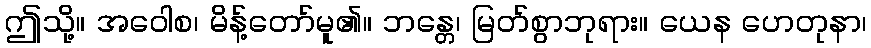
ဤသို့။ အဝေါစ၊ မိန့်တော်မူ၏။ ဘန္တေ၊ မြတ်စွာဘုရား။ ယေန ဟေတုနာ၊